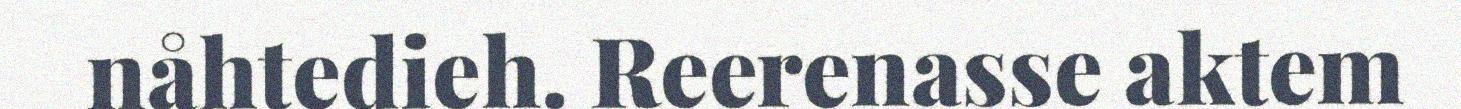
nåhtedieh. Reerenasse aktem